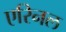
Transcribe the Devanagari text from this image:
एरिनल